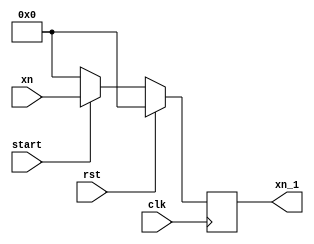
module Delay_1clk #(parameter N = 16)(clk, rst, start, xn, xn_1);

input clk, rst, start;
input [N-1:0]xn;
output reg[N-1:0]xn_1;

always@(posedge clk)
begin

if(rst)
   xn_1 <= 0;

else 
begin
            if(start)
               xn_1 <= xn;

            else
               xn_1 <= 0;
end
end
endmodule